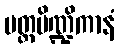
ပတ္တပိဏ္ဍိကာနံ